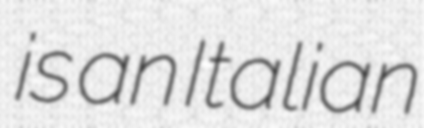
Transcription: is an Italian